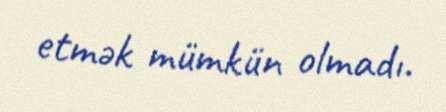
etmək mümkün olmadı.